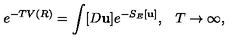
e ^ { - T V ( R ) } = \int [ D { \bf u } ] e ^ { - S _ { E } [ { \bf u } ] } { , } \quad T \to \infty { , }